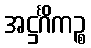
အဋ္ဌင်္ဂိကဉ္စ